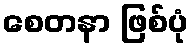
စေတနာ ဖြစ်ပုံ